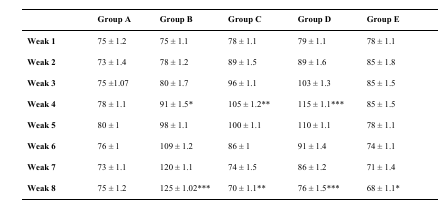
|  | Group A | Group B | Group C | Group D | Group E |
 | --- | --- | --- | --- | --- | --- |
 | Weak 1 | 75 ± 1.2 | 75 ± 1.1 | 78 ± 1.1 | 79 ± 1.1 | 78 ± 1.1 |
 | Weak 2 | 73 ± 1.4 | 78 ± 1.2 | 89 ± 1.5 | 89 ± 1.6 | 85 ± 1.8 |
 | Weak 3 | 75 ±1.07 | 80 ± 1.7 | 96 ± 1.1 | 103 ± 1.3 | 85 ± 1.5 |
 | Weak 4 | 78 ± 1.1 | 91 ± 1.5* | 105 ± 1.2** | 115 ± 1.1*** | 85 ± 1.5 |
 | Weak 5 | 80 ± 1 | 98 ± 1.1 | 100 ± 1.1 | 110 ± 1.1 | 78 ± 1.1 |
 | Weak 6 | 76 ± 1 | 109 ± 1.2 | 86 ± 1 | 91 ± 1.4 | 74 ± 1.1 |
 | Weak 7 | 73 ± 1.1 | 120 ± 1.1 | 74 ± 1.5 | 86 ± 1.2 | 71 ± 1.4 |
 | Weak 8 | 75 ± 1.2 | 125 ± 1.02*** | 70 ± 1.1** | 76 ± 1.5*** | 68 ± 1.1* |